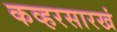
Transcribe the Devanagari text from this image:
कव्हरसारखं